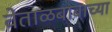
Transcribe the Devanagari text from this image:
वेताळबाबाच्या